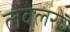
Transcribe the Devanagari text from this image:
लेवेलरों